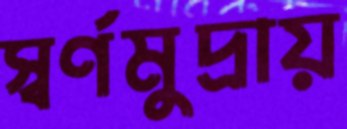
স্বর্ণমুদ্রায়